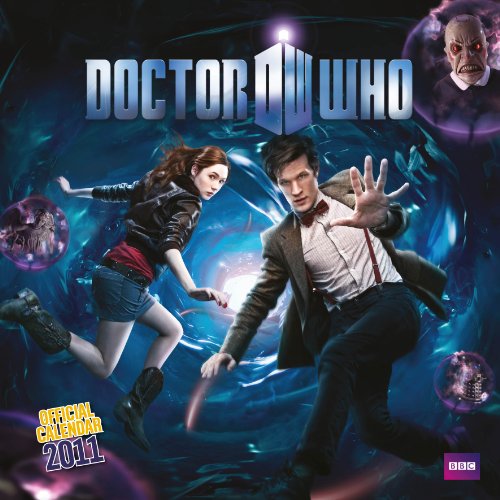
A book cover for The Official Dr Who 2011 Square Calendar; Calendars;